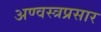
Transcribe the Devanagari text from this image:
अण्वस्त्रप्रसार